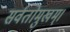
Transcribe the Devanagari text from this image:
सर्वतोमुखम्।